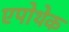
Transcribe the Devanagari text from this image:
एपोथेक